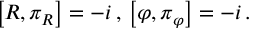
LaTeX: \left[ R , \pi _ { R } \right] = - i \, , \, \left[ \varphi , \pi _ { \varphi } \right] = - i \, .